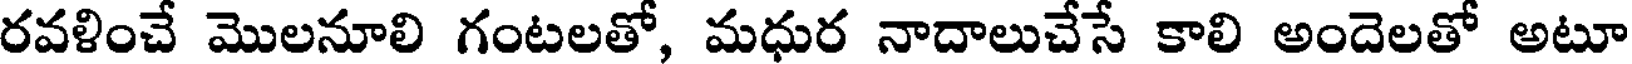
రవళించే మొలనూలి గంటలతో, మధుర నాదాలుచేసే కాలి అందెలతో అటూ